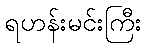
ရဟန်းမင်းကြီး